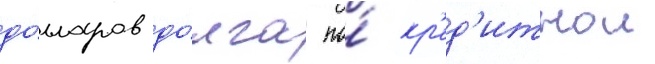
до́лларов до́лга по́ кр'ед'итнои